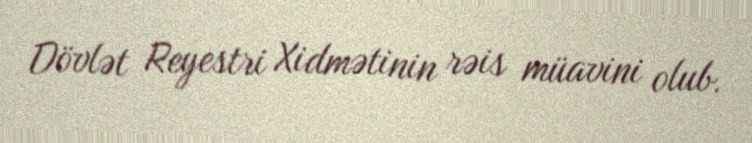
Dövlət Reyestri Xidmətinin rəis müavini olub.